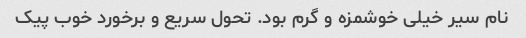
نام سیر خیلی خوشمزه و گرم بود. تحول سریع و برخورد خوب پیک